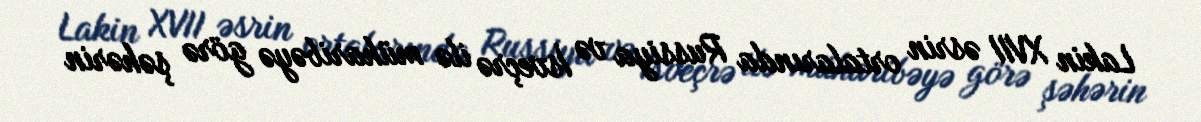
Lakin XVII əsrin ortalarında Russiya və İsveçrə ilə müharibəyə görə şəhərin